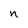
Character: n